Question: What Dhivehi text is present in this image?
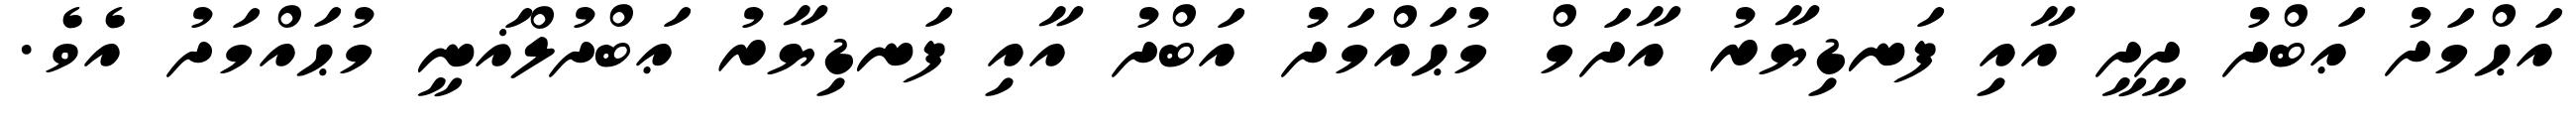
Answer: އަޙްމަދު ޢަބްދު ދީދީ އާއި ފަނޑިޔާރު އާދަމް މުޙައްމަދު އަބްދު އާއި ފަނޑިޔާރު ޢަބްދުލްޣަނީ މުޙައްމަދު އެވެ.